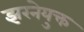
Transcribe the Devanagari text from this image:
झरनेयुक्त